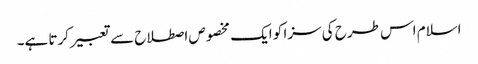
اسلام اس طرح کی سزا کو ایک مخصوص اصطلاح سے تعبیر کرتا ہے۔